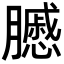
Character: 𦢑